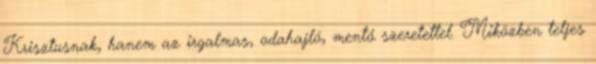
Krisztusnak, hanem az irgalmas, odahajló, mentő szeretettel. Miközben teljes